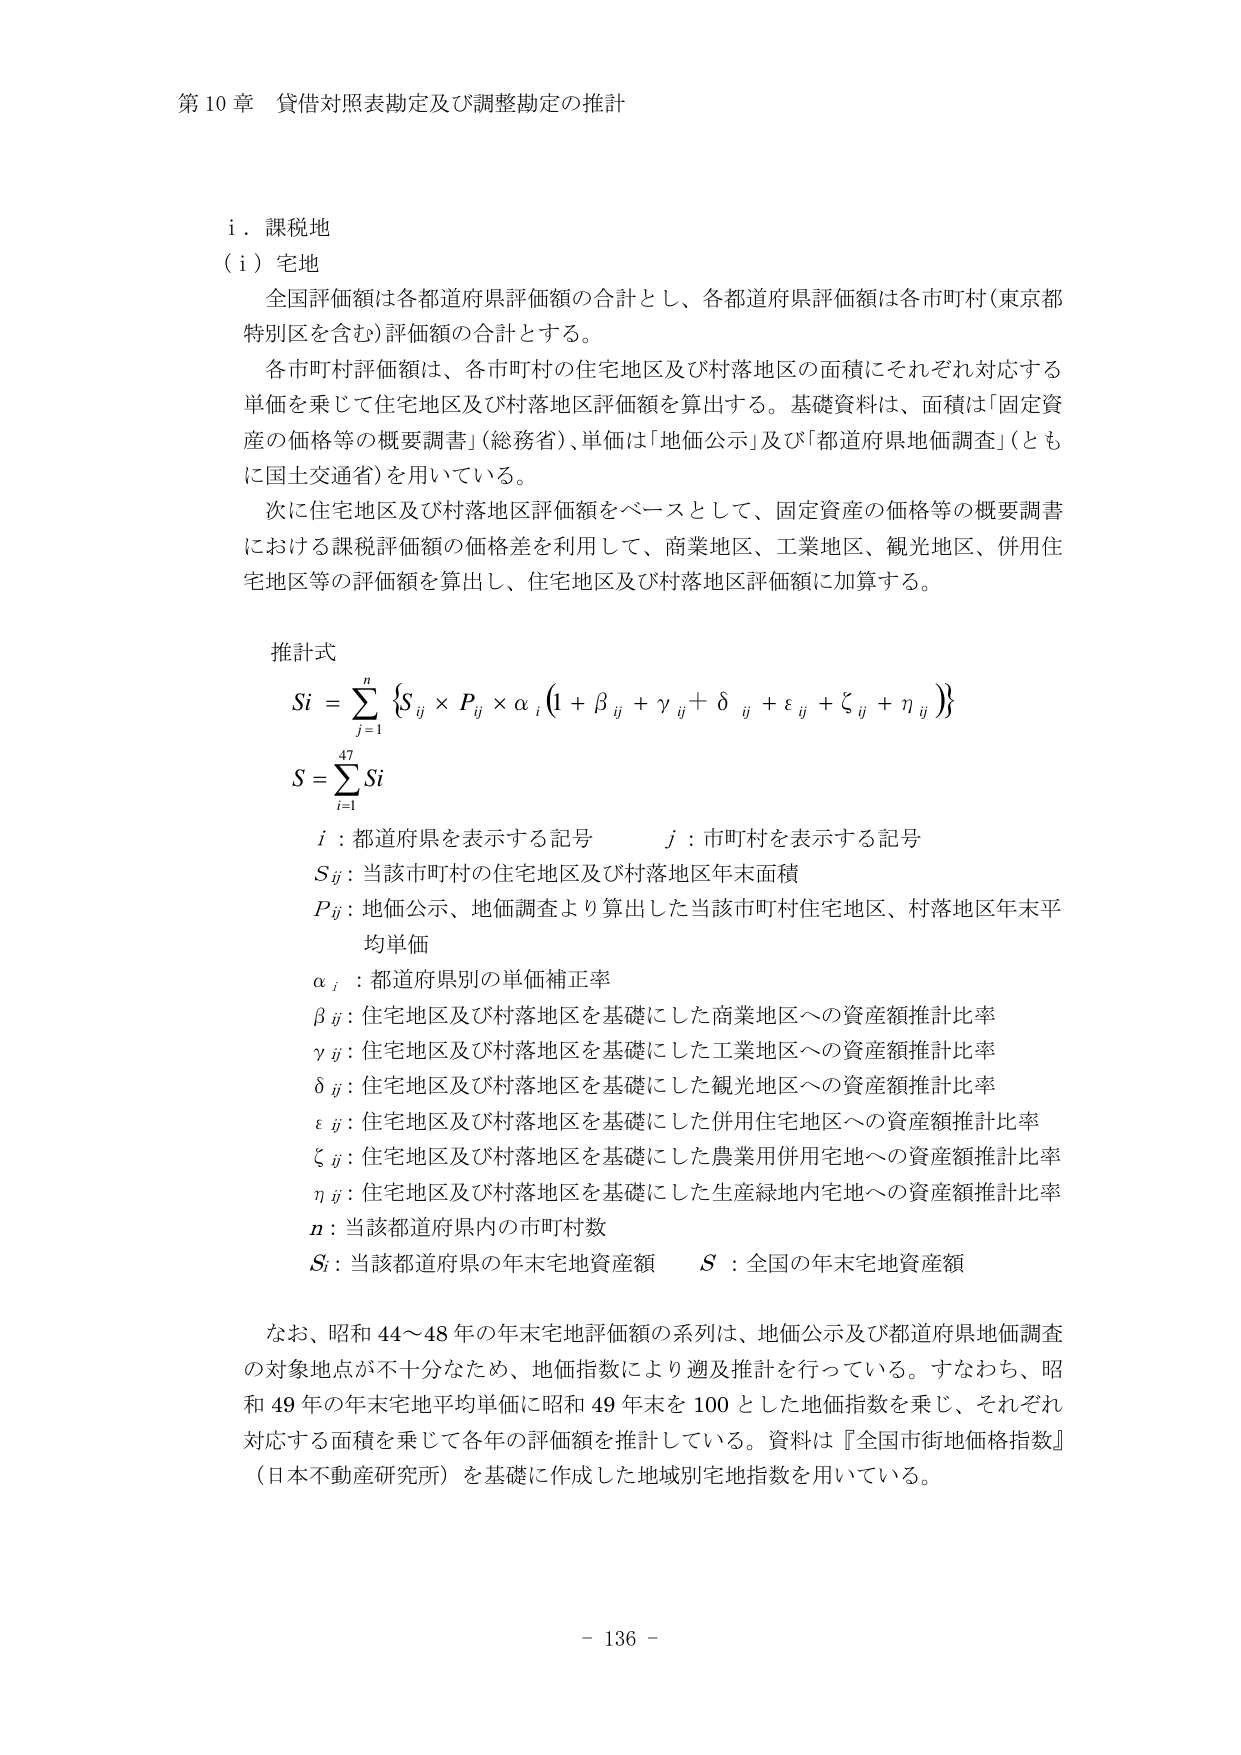
第10章 貸借対照表勘定及び調整勘定の推計

i．課税地
（i）宅地
　全国評価額は各都道府県評価額の合計とし、各都道府県評価額は各市町村（東京都特別区を含む）評価額の合計とする。
　各市町村評価額は、各市町村の住宅地区及び村落地区の面積にそれぞれ対応する単価を乗じて住宅地区及び村落地区評価額を算出する。基礎資料は、面積は「固定資産の価格等の概要調書」（総務省）、単価は「地価公示」及び「都道府県地価調査」（ともに国土交通省）を用いている。
　次に住宅地区及び村落地区評価額をベースとして、固定資産の価格等の概要調書における課税評価額の価格差を利用して、商業地区、工業地区、観光地区、併用住宅地区等の評価額を算出し、住宅地区及び村落地区評価額に加算する。

推計式
Si = Σ(j=1 to n) {Sij × Pij × αi (1 + βij + γij + δij + εij + ζij + ηij)}
S = Σ(i=1 to 47) Si

i：都道府県を表示する記号　　　j：市町村を表示する記号
Sij：当該市町村の住宅地区及び村落地区年末面積
Pij：地価公示、地価調査より算出した当該市町村住宅地区、村落地区年末平均単価
αi：都道府県別の単価補正率
βij：住宅地区及び村落地区を基礎にした商業地区への資産額推計比率
γij：住宅地区及び村落地区を基礎にした工業地区への資産額推計比率
δij：住宅地区及び村落地区を基礎にした観光地区への資産額推計比率
εij：住宅地区及び村落地区を基礎にした併用住宅地区への資産額推計比率
ζij：住宅地区及び村落地区を基礎にした農業用併用宅地への資産額推計比率
ηij：住宅地区及び村落地区を基礎にした生産緑地内宅地への資産額推計比率
n：当該都道府県内の市町村数
Si：当該都道府県の年末宅地資産額　S：全国の年末宅地資産額

なお、昭和44～48年の年末宅地評価額の系列は、地価公示及び都道府県地価調査の対象地点が不十分なため、地価指数により遡及推計を行っている。すなわち、昭和49年の年末宅地平均単価に昭和49年末を100とした地価指数を乗じ、それぞれ対応する面積を乗じて各年の評価額を推計している。資料は『全国市街地価格指数』（日本不動産研究所）を基礎に作成した地域別宅地指数を用いている。

- 136 -